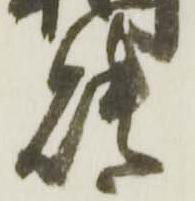
贈